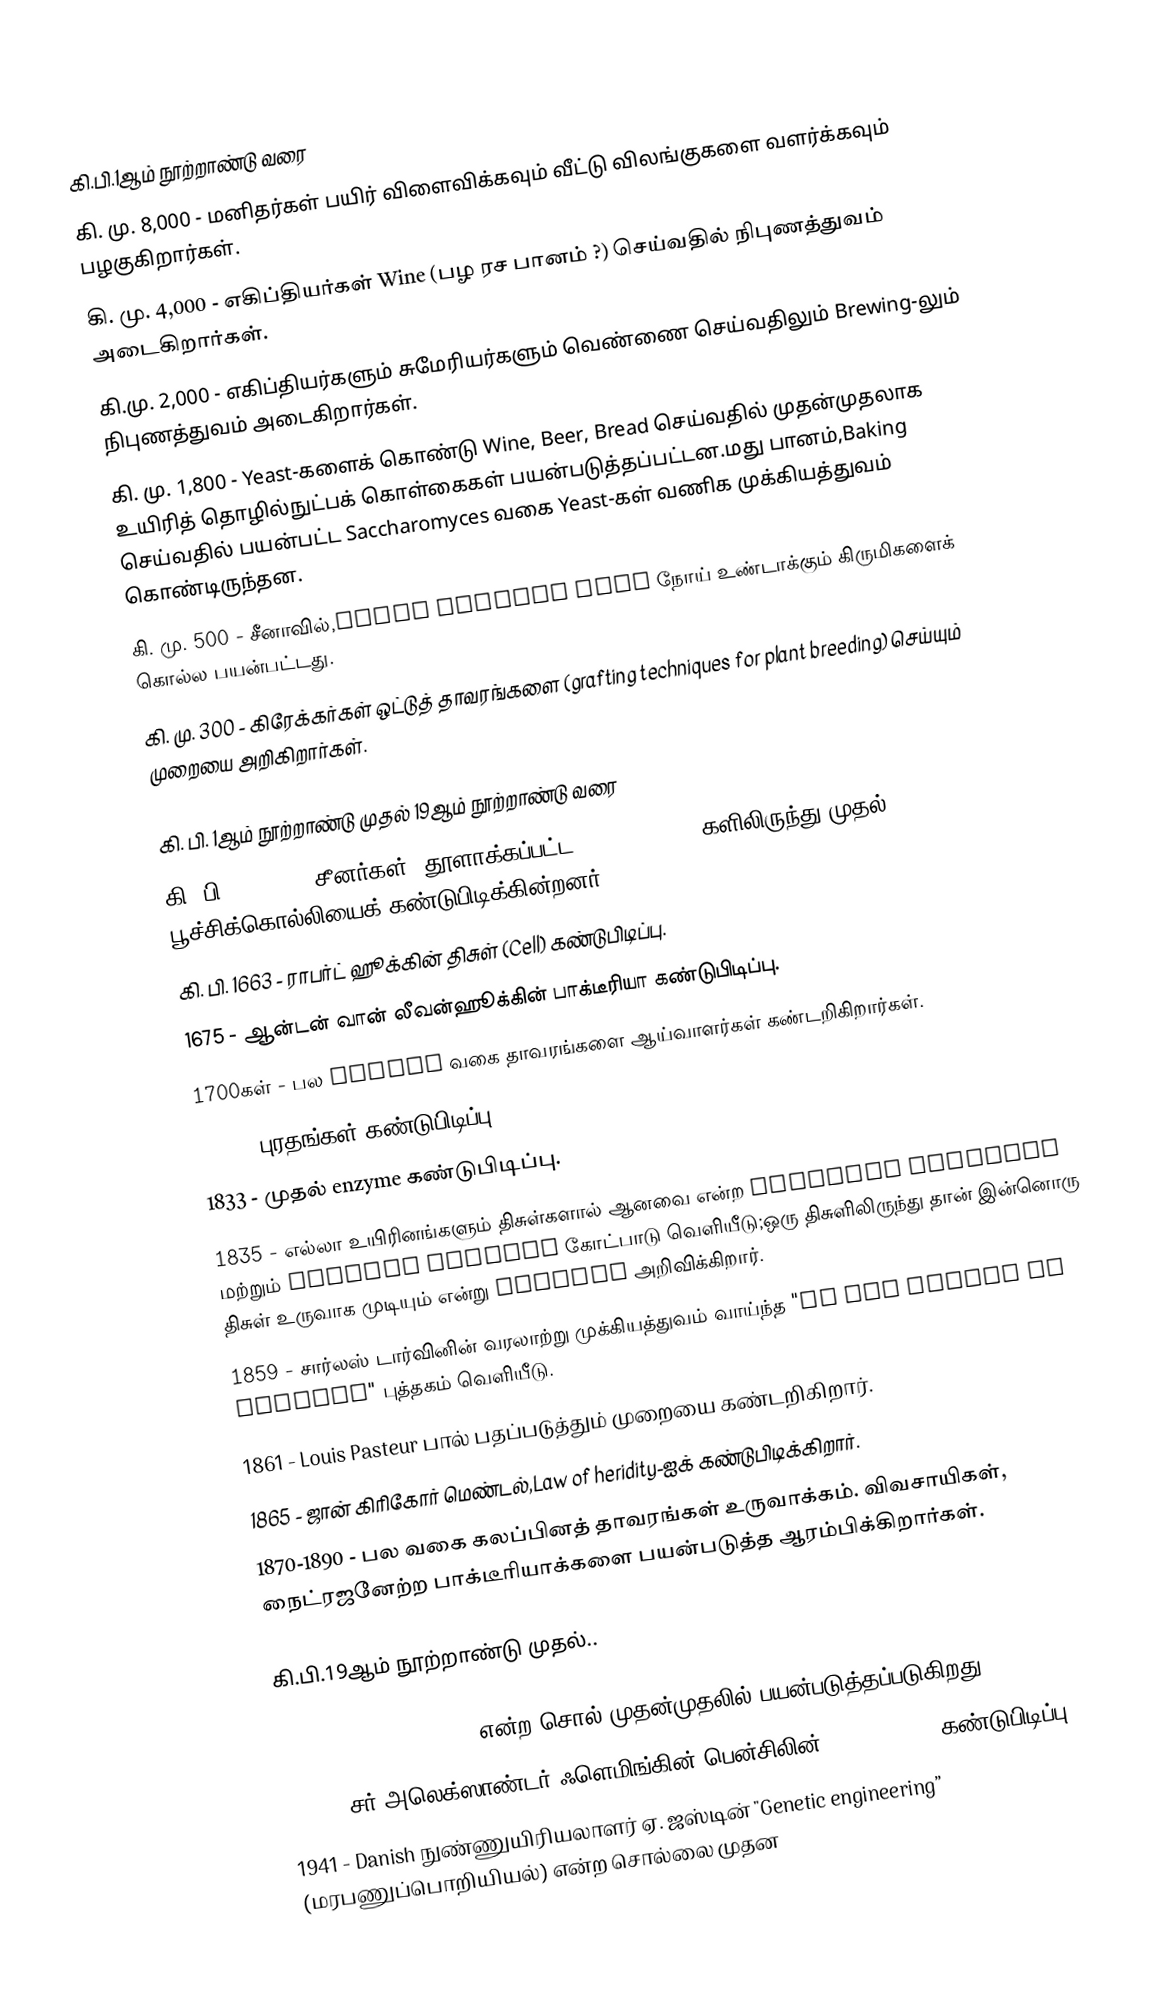

கி.பி.1ஆம் நூற்றாண்டு வரை
 கி. மு. 8,000 - மனிதர்கள் பயிர் விளைவிக்கவும் வீட்டு விலங்குகளை வளர்க்கவும் பழகுகிறார்கள்.
 கி. மு. 4,000 - எகிப்தியர்கள் Wine (பழ ரச பானம் ?) செய்வதில் நிபுணத்துவம் அடைகிறார்கள்.
 கி.மு. 2,000 - எகிப்தியர்களும் சுமேரியர்களும் வெண்ணை செய்வதிலும் Brewing-லும் நிபுணத்துவம் அடைகிறார்கள்.
 கி. மு. 1,800 - Yeast-களைக் கொண்டு Wine, Beer, Bread செய்வதில் முதன்முதலாக உயிரித் தொழில்நுட்பக் கொள்கைகள் பயன்படுத்தப்பட்டன.மது பானம்,Baking செய்வதில் பயன்பட்ட Saccharomyces வகை Yeast-கள் வணிக முக்கியத்துவம் கொண்டிருந்தன.
 கி. மு. 500 - சீனாவில்,moldy soybean curd நோய் உண்டாக்கும் கிருமிகளைக் கொல்ல பயன்பட்டது.
 கி. மு. 300 - கிரேக்கர்கள் ஒட்டுத் தாவரங்களை (grafting techniques for plant breeding) செய்யும் முறையை அறிகிறார்கள்.

கி. பி. 1ஆம் நூற்றாண்டு முதல் 19ஆம் நூற்றாண்டு வரை
 கி. பி. 100 AD - சீனர்கள், தூளாக்கப்பட்ட chrysanthemum-களிலிருந்து முதல் பூச்சிக்கொல்லியைக் கண்டுபிடிக்கின்றனர்.
 கி. பி. 1663 - ராபர்ட் ஹூக்கின் திசுள் (Cell) கண்டுபிடிப்பு.
 1675 - ஆன்டன் வான் லீவன்ஹூக்கின் பாக்டீரியா கண்டுபிடிப்பு.
 1700கள் - பல Hybrid வகை தாவரங்களை ஆய்வாளர்கள் கண்டறிகிறார்கள்.
 1830 - புரதங்கள் கண்டுபிடிப்பு.
 1833 - முதல் enzyme கண்டுபிடிப்பு.
 1835 - எல்லா உயிரினங்களும் திசுள்களால் ஆனவை என்ற Matthias Scheiden மற்றும் Theodor Schwann கோட்பாடு வெளியீடு;ஒரு திசுளிலிருந்து தான் இன்னொரு திசுள் உருவாக முடியும் என்று Viichow அறிவிக்கிறார்.
 1859 - சார்லஸ் டார்வினின் வரலாற்று முக்கியத்துவம் வாய்ந்த "On the Origin of Species" புத்தகம் வெளியீடு.
 1861 - Louis Pasteur பால் பதப்படுத்தும் முறையை கண்டறிகிறார்.
 1865 - ஜான் கிரிகோர் மெண்டல்,Law of heridity-ஐக் கண்டுபிடிக்கிறார்.
 1870-1890 - பல வகை கலப்பினத் தாவரங்கள் உருவாக்கம். விவசாயிகள், நைட்ரஜனேற்ற பாக்டீரியாக்களை பயன்படுத்த ஆரம்பிக்கிறார்கள்.

கி.பி.19ஆம் நூற்றாண்டு முதல்..

 1919 - 'Biotechnology’ என்ற சொல் முதன்முதலில் பயன்படுத்தப்படுகிறது.
 1928 - சர் அலெக்ஸாண்டர் ஃளெமிங்கின் பென்சிலின் (Antibiotic) கண்டுபிடிப்பு.
 1941 - Danish நுண்ணுயிரியலாளர் ஏ. ஜஸ்டின் "Genetic engineering” (மரபணுப்பொறியியல்) என்ற சொல்லை முதன